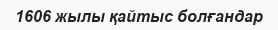
1606 жылы қайтыс болғандар